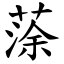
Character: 蒤